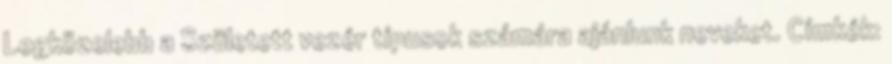
Legközelebb a Született vezér típusok számára ajánlunk neveket. Címkék: